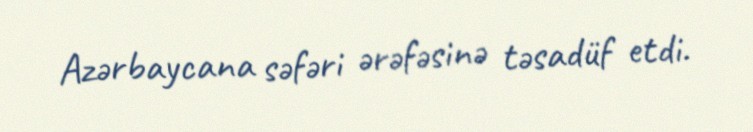
Azərbaycana səfəri ərəfəsinə təsadüf etdi.